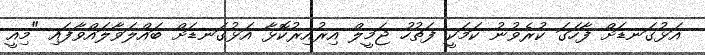
އަޅުގަނޑަށް ފާހަގަ ކުރެވުނު ކަމަކީ ފަތުހު ޖަމީލް އިރުއިރުކޮޅާ އަޅުގަނޑަށް ބައްލަވާލައްވާފައި "މިއީ